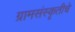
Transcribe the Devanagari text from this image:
ग्रामसंस्कृतीचे